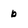
Character: b